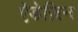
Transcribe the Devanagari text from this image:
ऐडेज़िन